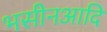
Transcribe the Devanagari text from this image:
भसीनआदि